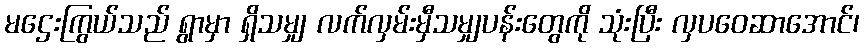
မဌေးကြွယ်သည် ရွာမှာ ရှိသမျှ လက်လှမ်းမှီသမျှပန်းတွေကို သုံးပြီး လှပဝေဆာအောင်၊